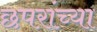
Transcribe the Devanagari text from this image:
छपरांच्या